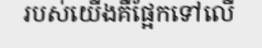
របស់យើងគឺផ្អែកទៅលើ